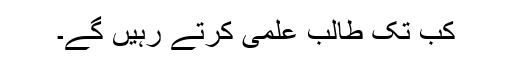
کب تک طالب علمی کرتے رہیں گے۔